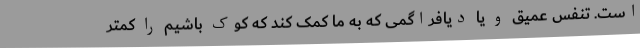
است. تنفس عمیق و یا دیافراگمی که به ما کمک کند که کوک باشیم را کمتر